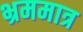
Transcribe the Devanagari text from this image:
भ्रममात्र